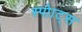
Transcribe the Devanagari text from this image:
स्पोाट्स